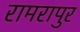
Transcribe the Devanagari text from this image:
रामरापुर